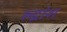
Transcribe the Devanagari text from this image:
रुद्रांश